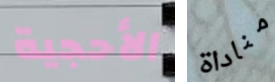
الأحجية مناداة